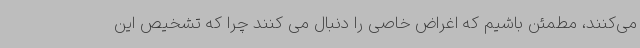
می‌کنند، مطمئن باشیم که اغراض خاصی را دنبال می کنند چرا که تشخیص این